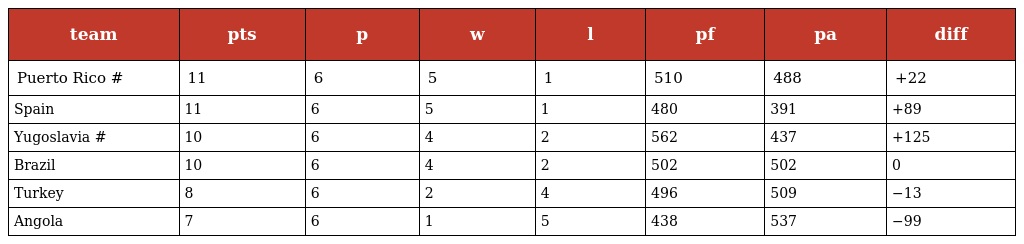
| team | pts | p | w | l | pf | pa | diff |
 | --- | --- | --- | --- | --- | --- | --- | --- |
 | Puerto Rico # | 11 | 6 | 5 | 1 | 510 | 488 | +22 |
 | Spain | 11 | 6 | 5 | 1 | 480 | 391 | +89 |
 | Yugoslavia # | 10 | 6 | 4 | 2 | 562 | 437 | +125 |
 | Brazil | 10 | 6 | 4 | 2 | 502 | 502 | 0 |
 | Turkey | 8 | 6 | 2 | 4 | 496 | 509 | −13 |
 | Angola | 7 | 6 | 1 | 5 | 438 | 537 | −99 |